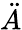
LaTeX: \ddot{A}